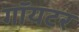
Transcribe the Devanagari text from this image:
गॉयटर